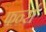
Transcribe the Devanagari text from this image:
फर्न्स